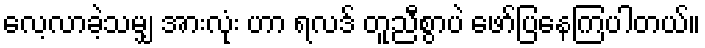
လေ့လာခဲ့သမျှ အားလုံး ဟာ ရလဒ် တူညီစွာပဲ ဖော်ပြနေကြပါတယ်။